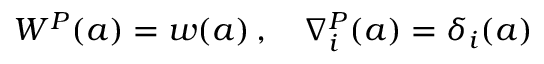
W ^ { P } ( a ) = w ( a ) \, , \quad \nabla _ { i } ^ { P } ( a ) = \delta _ { i } ( a )